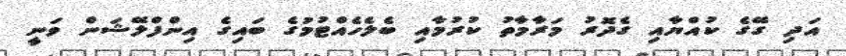
އަދި ގޭގެ ކުއްޔާއި ގެދޮރު މަރާމާތު ކުރުމާއި ބެލެހެއްޓުމުގެ ބައިގެ އިންފްލޭޝަން ވަނީ